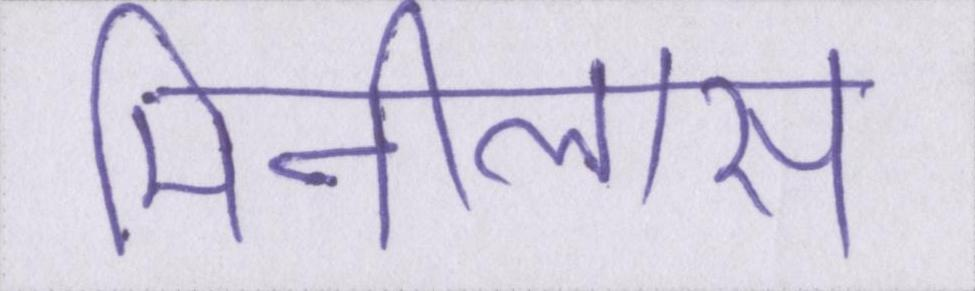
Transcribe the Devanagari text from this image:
मिनीलास